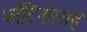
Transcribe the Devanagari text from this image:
प्लॅटिनमसह